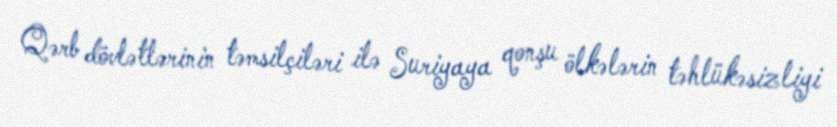
Qərb dövlətlərinin təmsilçiləri ilə Suriyaya qonşu ölkələrin təhlükəsizliyi